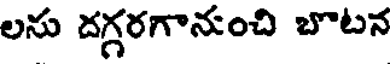
లను దగ్గరగానంచి బొటన